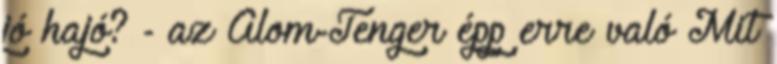
jó hajó? - az Álom-Tenger épp erre való Mit